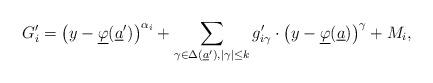
LaTeX: \begin{gather*}G'_{i}=\left(y-\underline{\varphi}(\underline{a}')\right)^{\alpha_{i}}+\sum_{\gamma\in\Delta(\underline{a}'),|\gamma|\leq k}g_{i\gamma}'\cdot\left(y-\underline{\varphi}(\underline{a})\right)^{\gamma}+M_{i},\end{gather*}